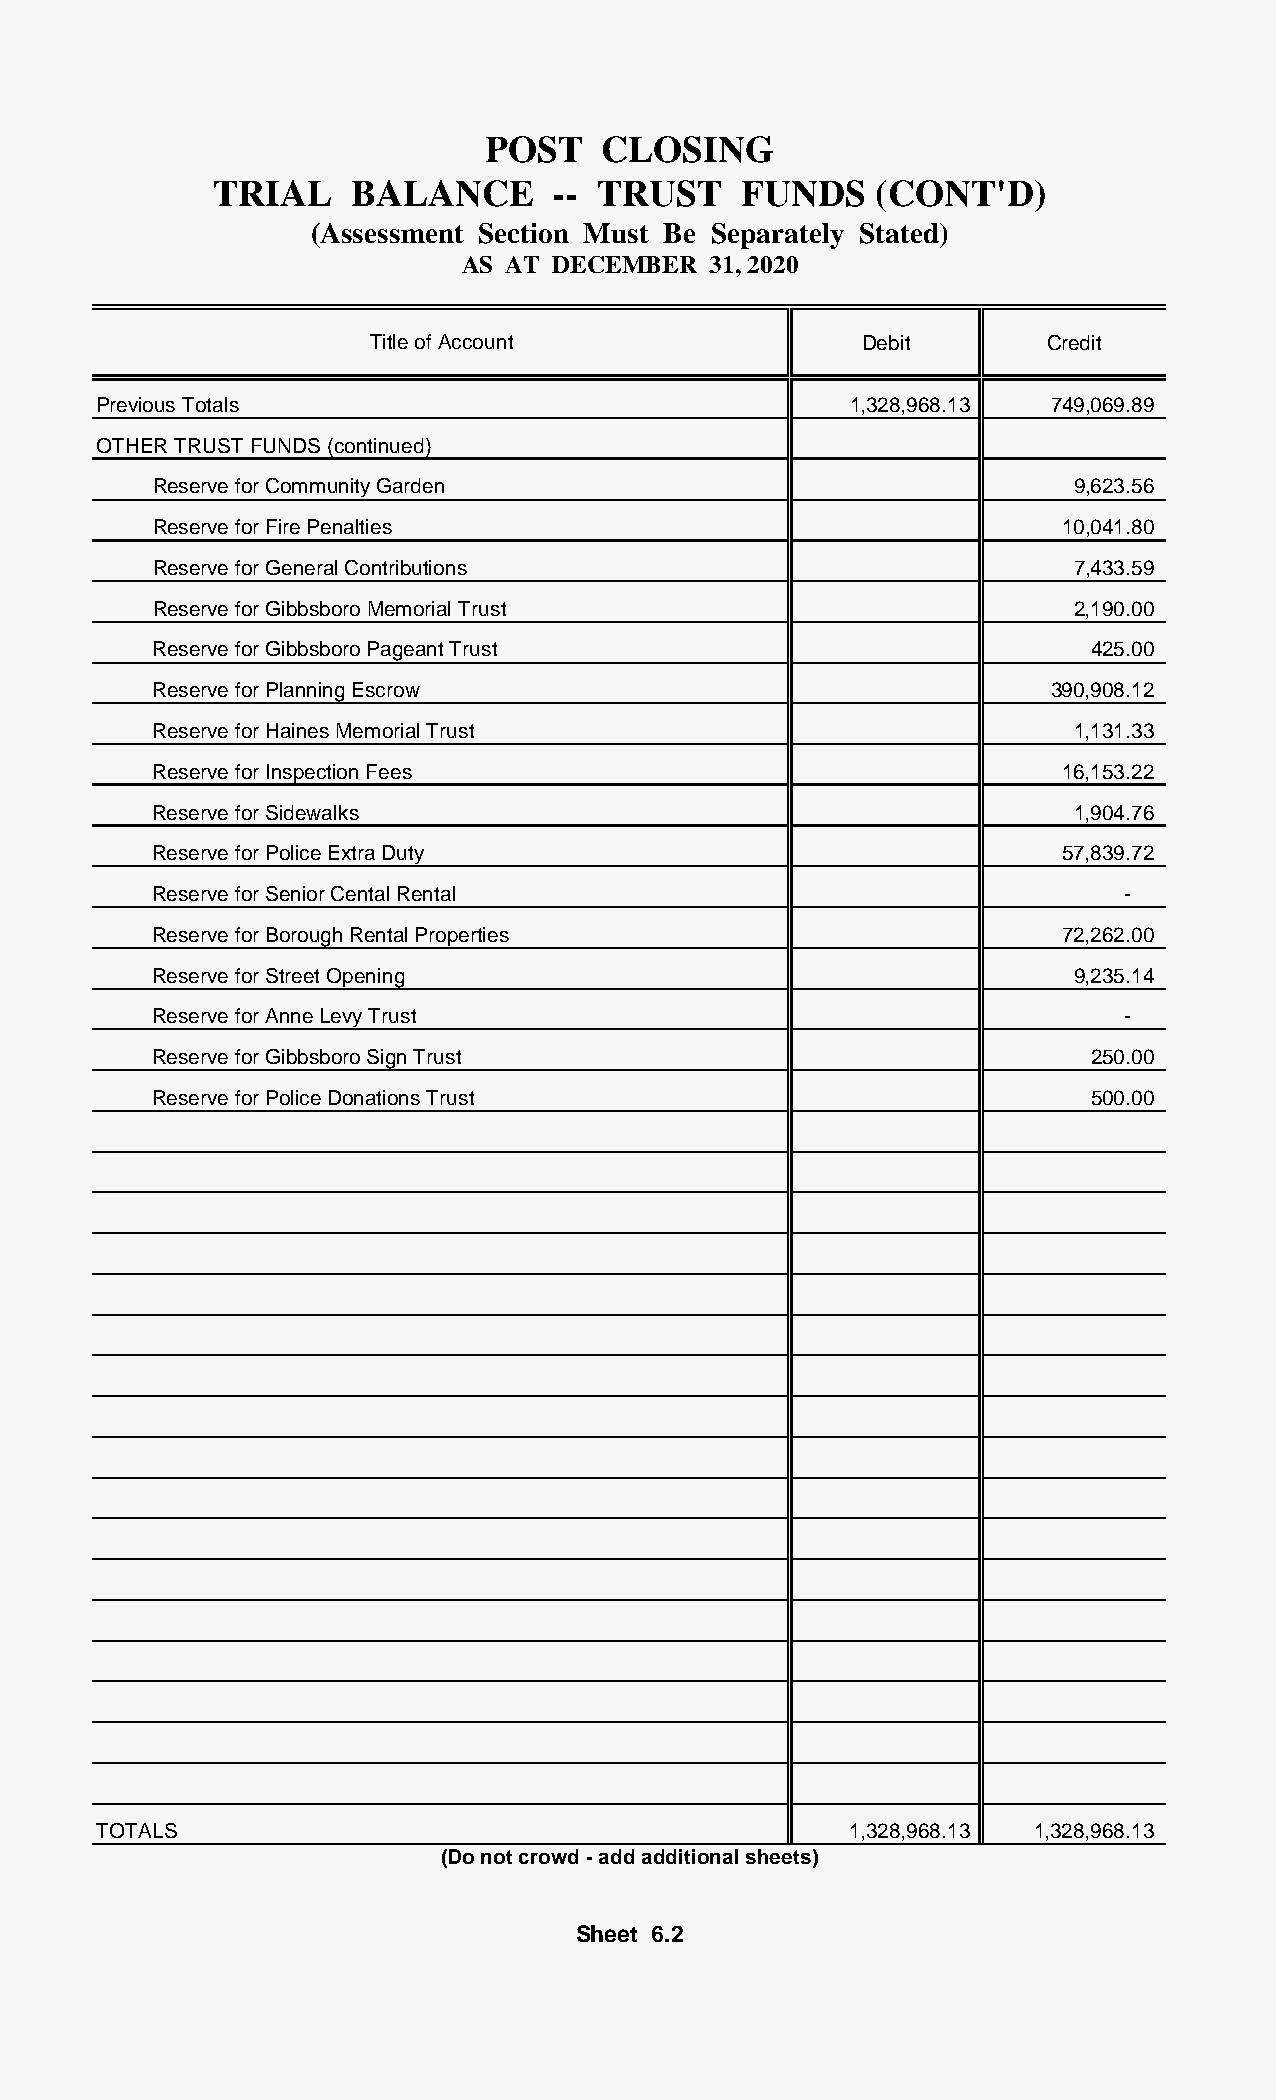
POST   CLOSING
 TRIAL    BALANCE      -- TRUST     FUNDS    (CONT'D)
 (Assessment Section Must Be Separately Stated)
 AS AT DECEMBER   31, 2020
 Title of Account                 Debit       Credit
 Previous Totals                                   1,328,968.13 749,069.89
 OTHER TRUST FUNDS (continued)
 Reserve for Community Garden                                 9,623.56
 Reserve for Fire Penalties                                  10,041.80
 Reserve for General Contributions                            7,433.59
 Reserve for Gibbsboro Memorial Trust                         2,190.00
 Reserve for Gibbsboro Pageant Trust                           425.00
 Reserve for Planning Escrow                                390,908.12
 Reserve for Haines Memorial Trust                            1,131.33
 Reserve for Inspection Fees                                 16,153.22
 Reserve for Sidewalks                                        1,904.76
 Reserve for Police Extra Duty                               57,839.72
 Reserve for Senior Cental Rental                                -
 Reserve for Borough Rental Properties                       72,262.00
 Reserve for Street Opening                                   9,235.14
 Reserve for Anne Levy Trust                                     -
 Reserve for Gibbsboro Sign Trust                              250.00
 Reserve for Police Donations Trust                            500.00
 TOTALS                                            1,328,968.13 1,328,968.13
 (Do not crowd - add additional sheets)
 Sheet 6.2